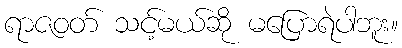
ရာဇဝတ် သင့်မယ်ဆို မပြောရဲပါဘူး။